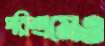
পরিশ্রমেও